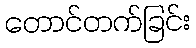
တောင်တက်ခြင်း